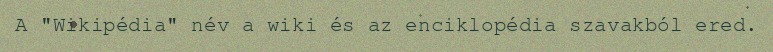
A "Wikipédia" név a wiki és az enciklopédia szavakból ered.